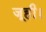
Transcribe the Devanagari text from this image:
जूही।